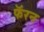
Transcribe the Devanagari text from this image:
फॅरन